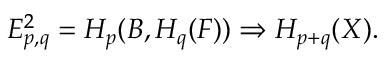
E _ { p , q } ^ { 2 } = H _ { p } ( B , H _ { q } ( F ) ) \Rightarrow H _ { p + q } ( X ) .